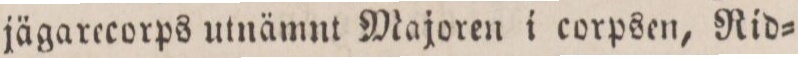
jägarecorps utnämnt Majoren i corpsen, Rid=